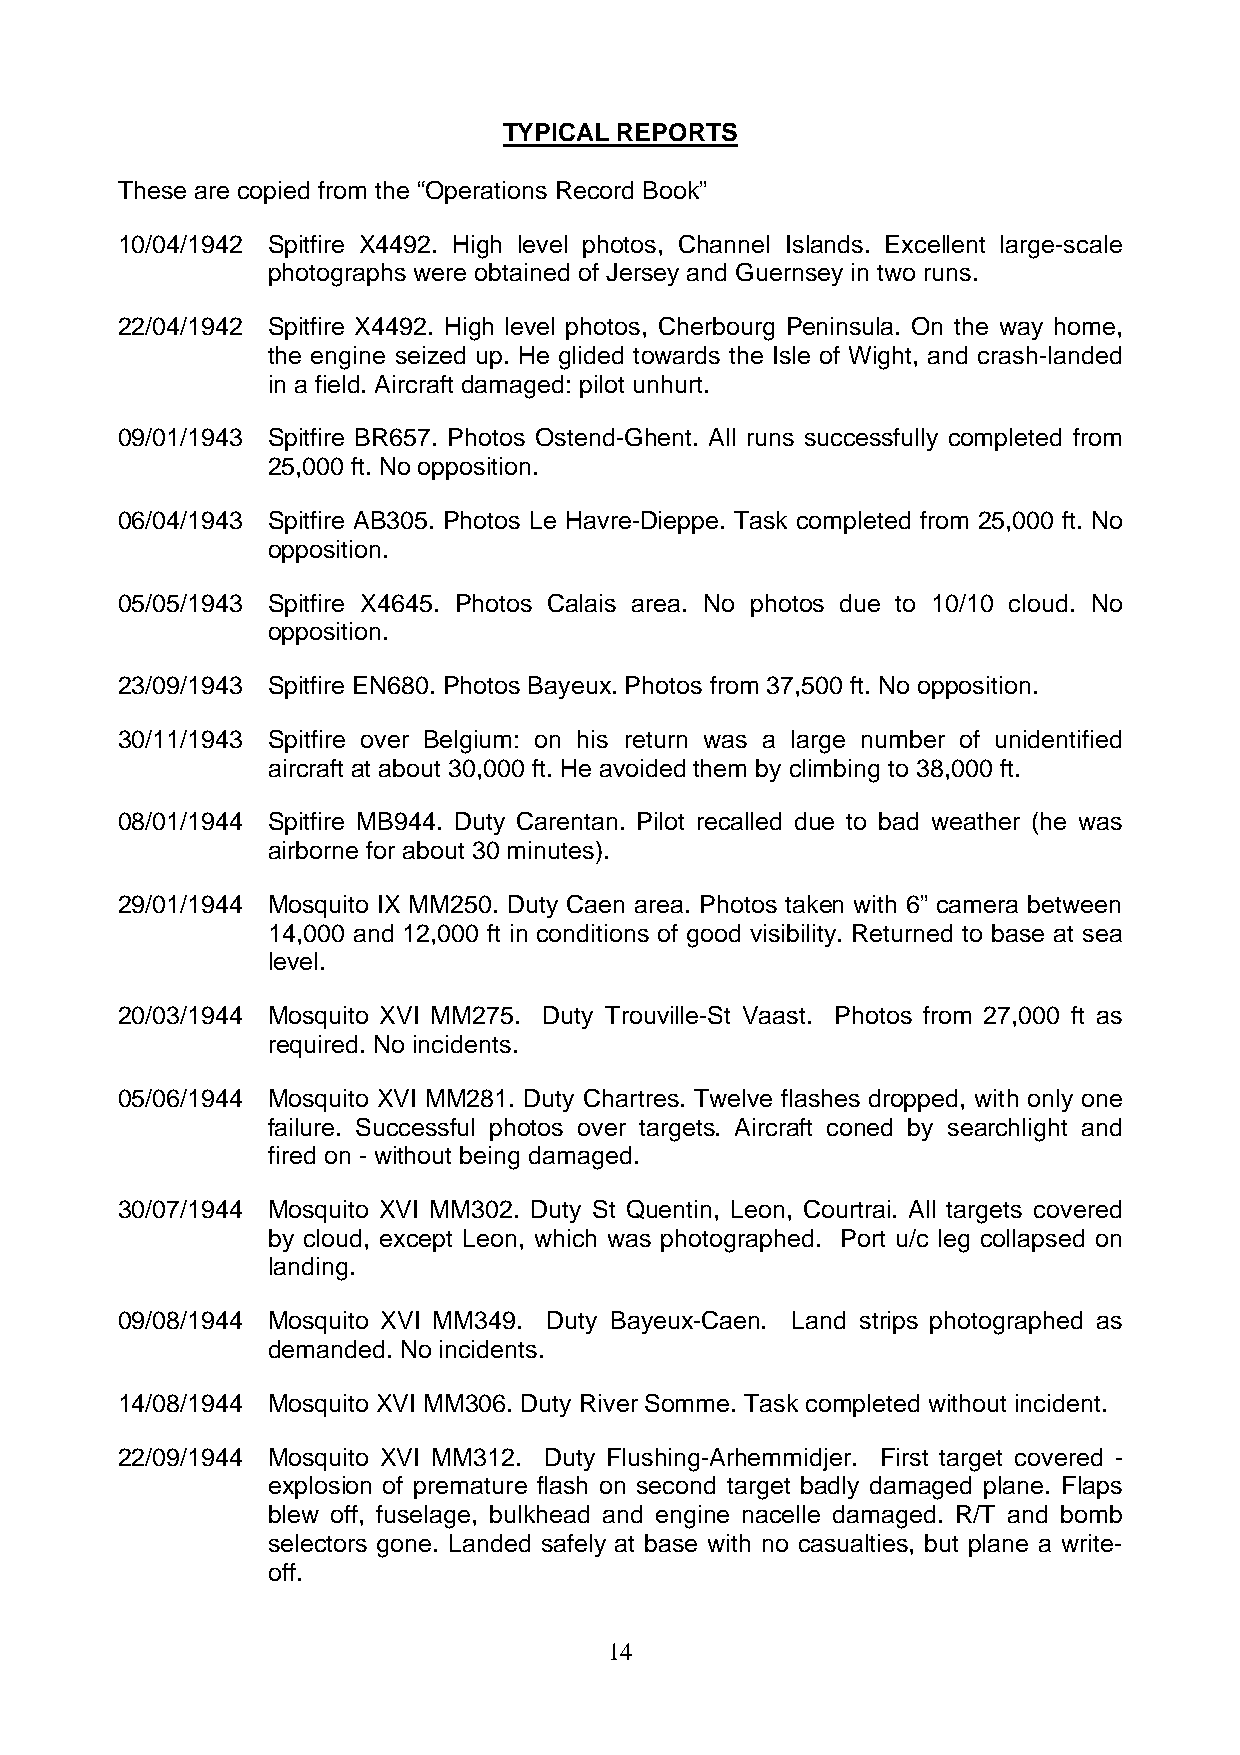
TYPICAL REPORTS
 These are copied from the “Operations Record Book”
 10/04/1942 Spitfire X4492. High level photos, Channel Islands. Excellent large-scale
 photographs were obtained of Jersey and Guernsey in two runs.
 22/04/1942 Spitfire X4492. High level photos, Cherbourg Peninsula. On the way home,
 the engine seized up. He glided towards the Isle of Wight, and crash-landed
 in a field. Aircraft damaged: pilot unhurt.
 09/01/1943 Spitfire BR657. Photos Ostend-Ghent. All runs successfully completed from
 25,000 ft. No opposition.
 06/04/1943 Spitfire AB305. Photos Le Havre-Dieppe. Task completed from 25,000 ft. No
 opposition.
 05/05/1943 Spitfire X4645. Photos Calais area. No photos due to 10/10 cloud. No
 opposition.
 23/09/1943 Spitfire EN680. Photos Bayeux. Photos from 37,500 ft. No opposition.
 30/11/1943 Spitfire over Belgium: on his return was a large number of unidentified
 aircraft at about 30,000 ft. He avoided them by climbing to 38,000 ft.
 08/01/1944 Spitfire MB944. Duty Carentan. Pilot recalled due to bad weather (he was
 airborne for about 30 minutes).
 29/01/1944 Mosquito IX MM250. Duty Caen area. Photos taken with 6” camera between
 14,000 and 12,000 ft in conditions of good visibility. Returned to base at sea
 level.
 20/03/1944 Mosquito XVI MM275. Duty Trouville-St Vaast. Photos from 27,000 ft as
 required. No incidents.
 05/06/1944 Mosquito XVI MM281. Duty Chartres. Twelve flashes dropped, with only one
 failure. Successful photos over targets. Aircraft coned by searchlight and
 fired on - without being damaged.
 30/07/1944 Mosquito XVI MM302. Duty St Quentin, Leon, Courtrai. All targets covered
 by cloud, except Leon, which was photographed. Port u/c leg collapsed on
 landing.
 09/08/1944 Mosquito XVI MM349. Duty Bayeux-Caen. Land strips photographed as
 demanded. No incidents.
 14/08/1944 Mosquito XVI MM306. Duty River Somme. Task completed without incident.
 22/09/1944 Mosquito XVI MM312. Duty Flushing-Arhemmidjer. First target covered -
 explosion of premature flash on second target badly damaged plane. Flaps
 blew off, fuselage, bulkhead and engine nacelle damaged. R/T and bomb
 selectors gone. Landed safely at base with no casualties, but plane a write-
 off.
 14